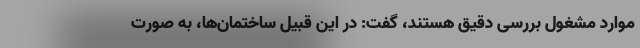
موارد مشغول بررسی دقیق هستند، گفت: در این قبیل ساختمان‌ها، به صورت